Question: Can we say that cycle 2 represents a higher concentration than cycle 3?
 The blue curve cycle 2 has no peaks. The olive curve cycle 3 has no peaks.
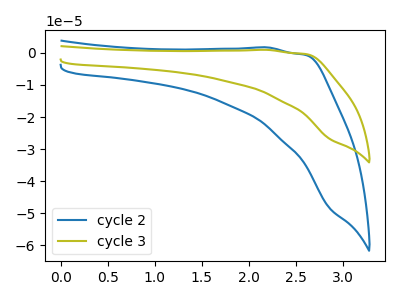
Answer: <think>Neither "cycle 2" or "cycle 3" have any peaks.
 </think>
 <answer>I cant tell if "cycle 2" or "cycle 3" has higher concentration.</answer>
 <eval>mixed_concentration</eval>